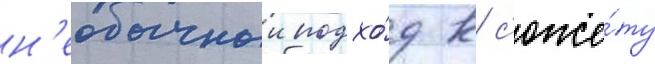
н'еобычныи подхо́д к с'юже́ту